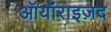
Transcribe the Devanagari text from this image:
ऑयॉराइज़द